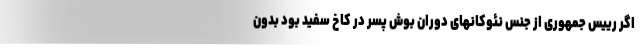
اگر رییس جمهوری از جنس نئوکانهای دوران بوش پسر در کاخ سفید بود بدون